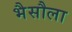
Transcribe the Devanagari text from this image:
भैसौला